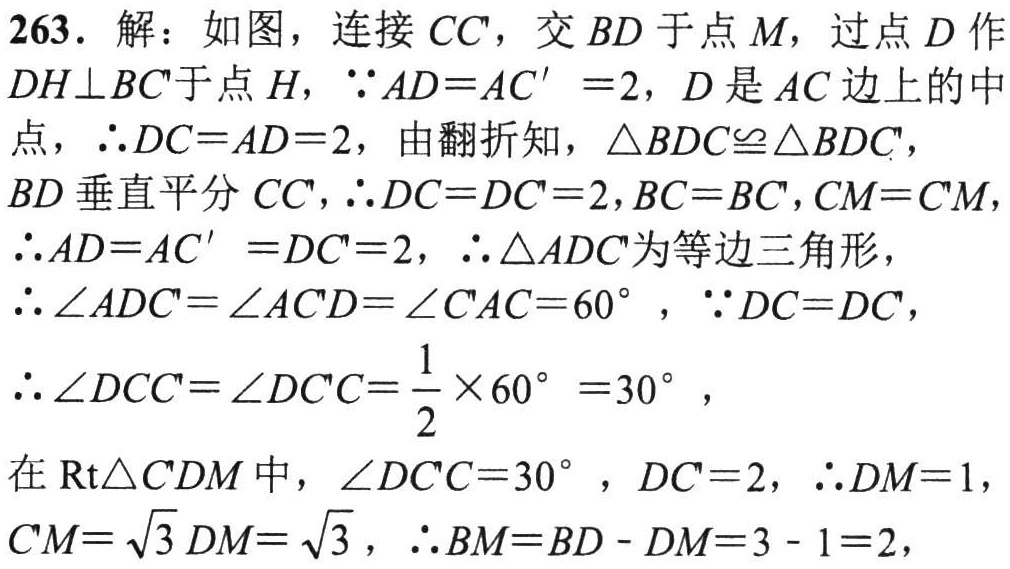
263. 解：如图，连接 \(CC'\)，交 \(BD\) 于点 \(M\)，过点 \(D\) 作 \(DH\perp BC'\) 于点 \(H\)，\(\because AD = AC' = 2\)，\(D\) 是 \(AC\) 边上的中

点，\(\therefore DC = AD = 2\)，由翻折知，\(\triangle BDC\cong\triangle BDC'\)，

\(BD\) 垂直平分 \(CC'\)，\(\therefore DC = DC' = 2\)，\(BC = BC'\)，\(CM = C'M\)，

\(\therefore AD = AC' = DC' = 2\)，\(\therefore\triangle ADC'\) 为等边三角形，

\(\therefore\angle ADC'=\angle AC'D=\angle C'AC = 60^{\circ}\)，\(\because DC = DC'\)，

\(\therefore\angle DCC'=\angle DC'C=\frac{1}{2}\times60^{\circ}=30^{\circ}\)，

在 \(\text{Rt}\triangle C'DM\) 中，\(\angle DC'C = 30^{\circ}\)，\(DC' = 2\)，\(\therefore DM = 1\)，

\(C'M=\sqrt{3}DM=\sqrt{3}\)，\(\therefore BM = BD - DM = 3 - 1 = 2\)，